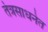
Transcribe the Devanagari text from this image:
तंत्रसाधनेत